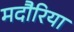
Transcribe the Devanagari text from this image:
मदौरिया